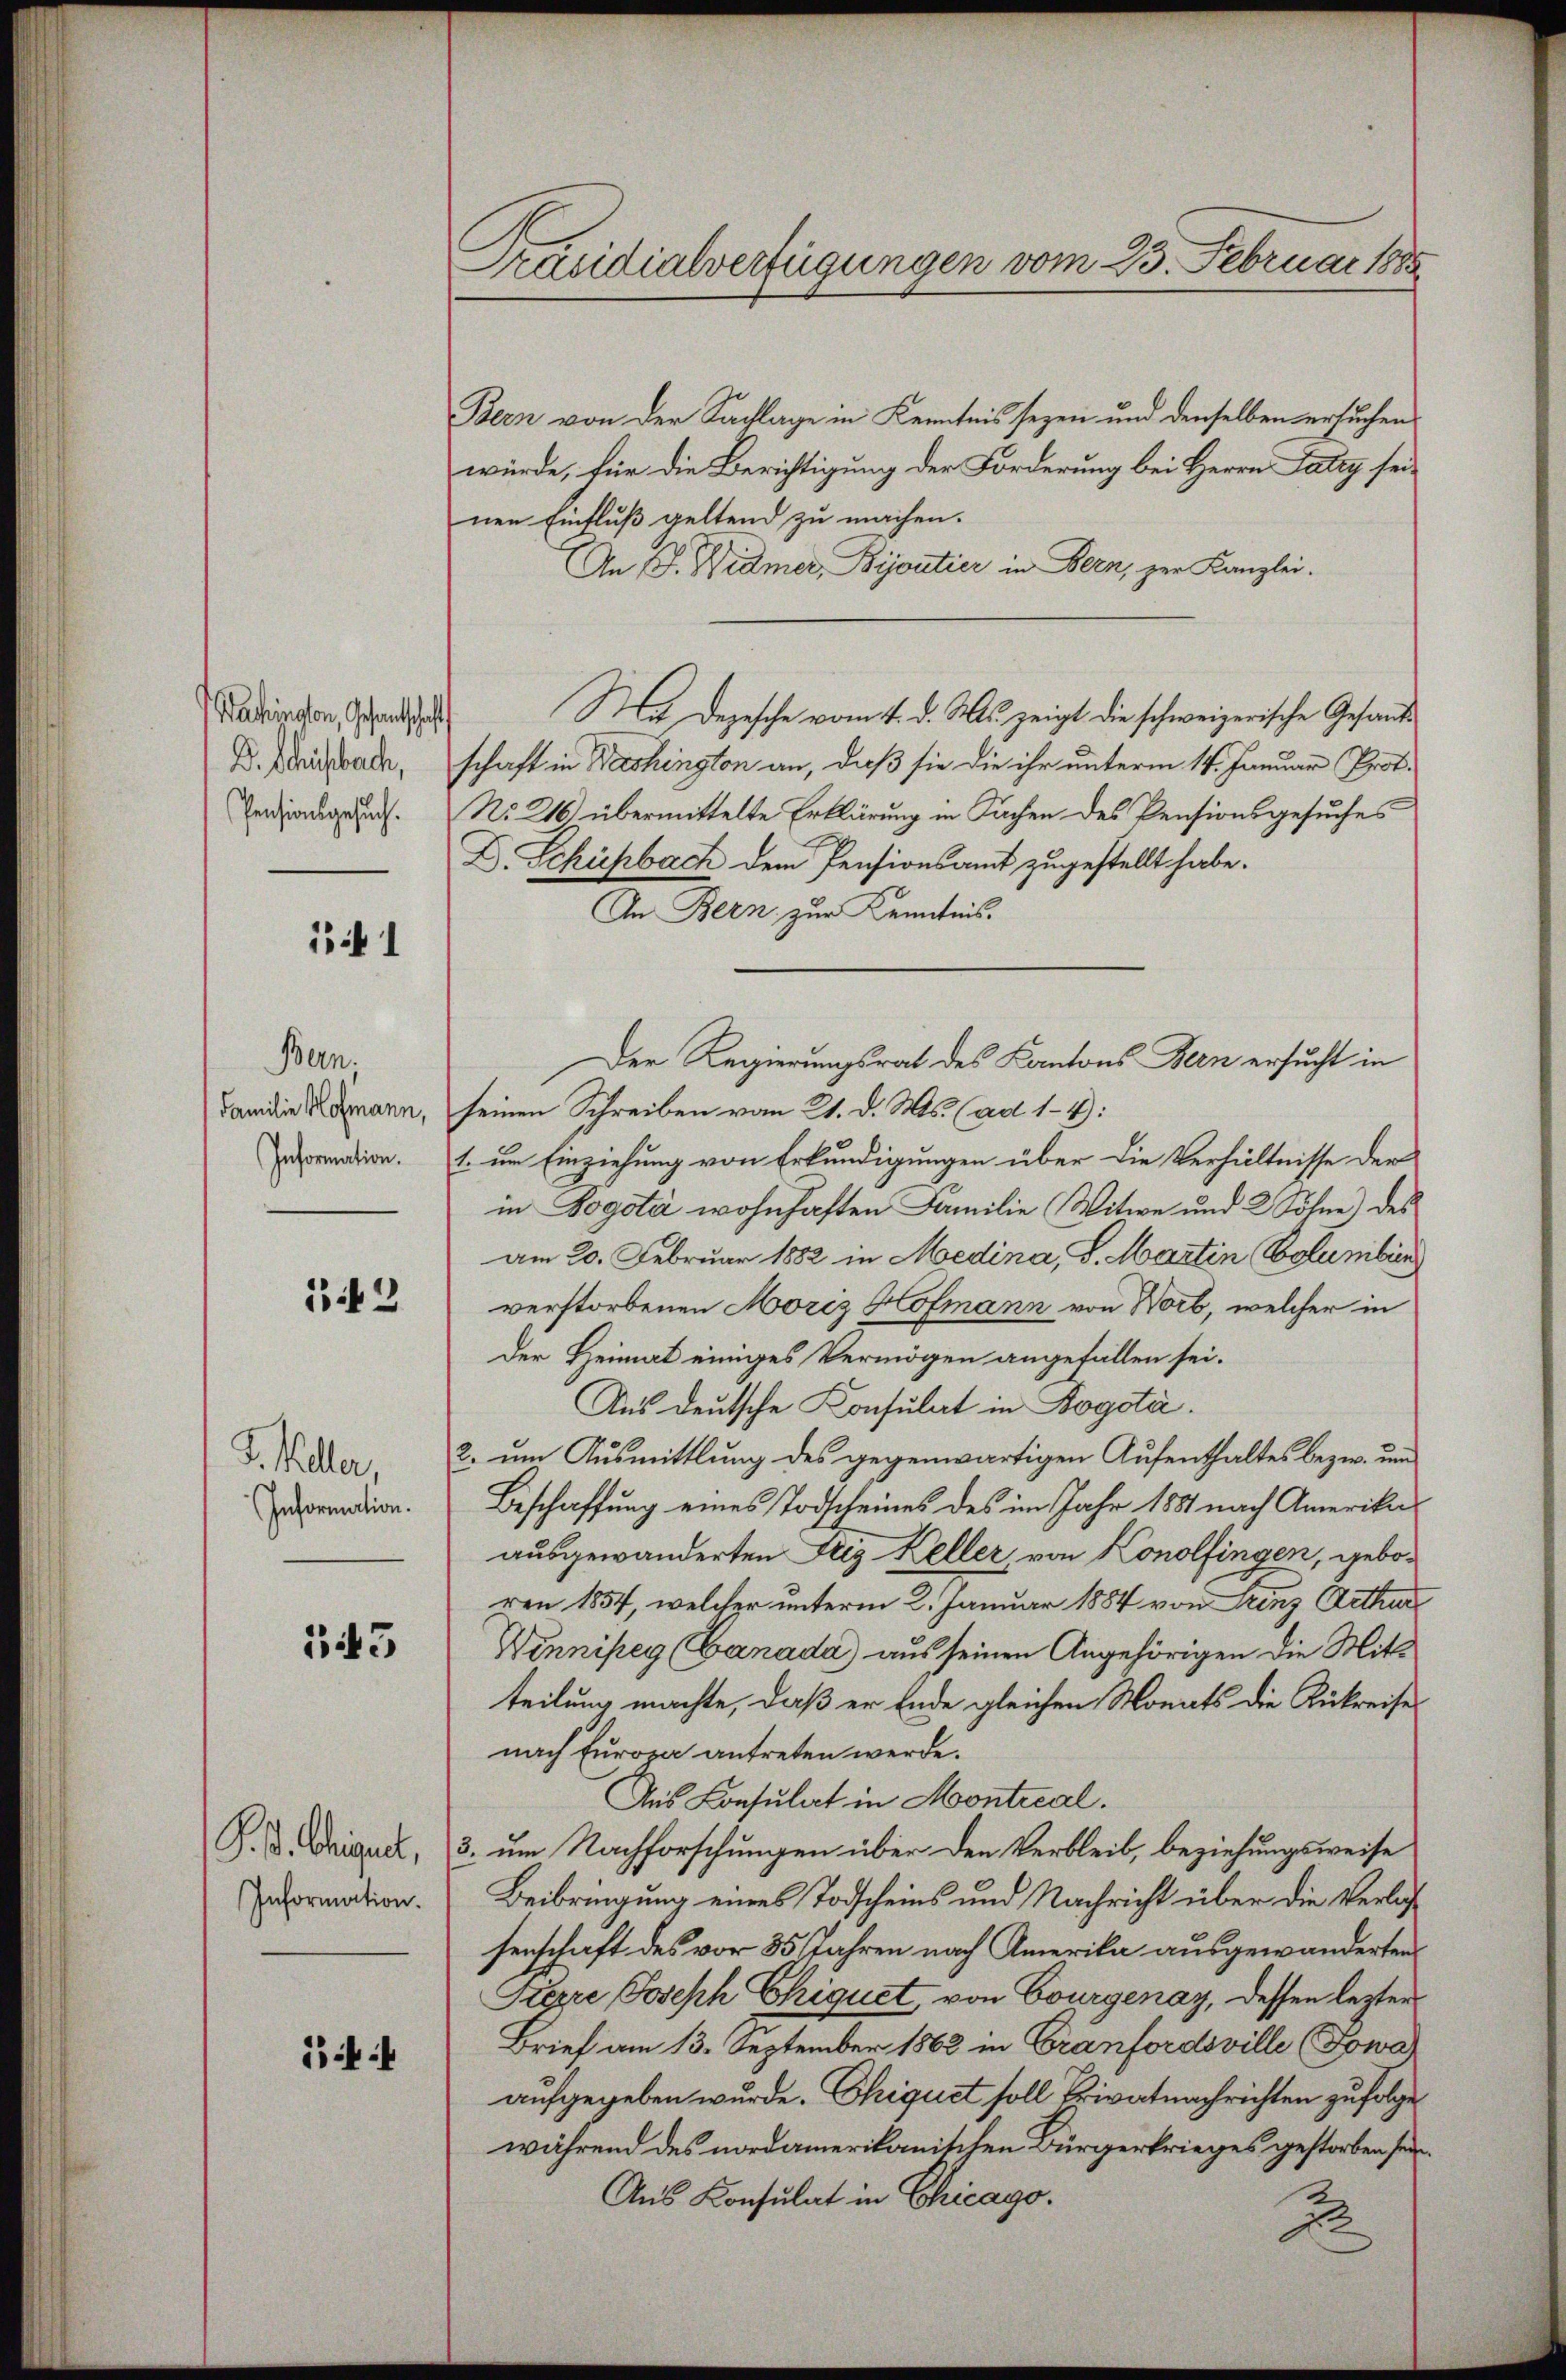
Wachington, Gesandtschaft
D. Schulbach,
Pensionsgesuch.

1

Bern.
Familie Hofmann,
Information.

12

J. Keller,
Information.

543

P. P. Chrigert,
Information.

f

C
Präsidialverfügungen vom 23. Februar 1885

Bern von der Sachlage in Kenntnis seyen und denselben ersuchen
würde, für die Berichtigung der Forderung bei Herrn Falty seinen Einfluß geltend zu machen.
An P. Widmer, Bijoutier in Bern, zur Kanzlei.
Na Depesche vom 4. d. Mts. zeigt die schweizerische Gesandschaft in Meshington an, daß sie die ihr unterm 14. Januar Prot.
No 216) übermittelte Erklärung in Sachen des Pensionsgesuches
D. Schüpbach dem Pensionsamt zugestellt habe.
An Bern zur Kenntnis.
seinen Schreiben vom 21. d. Ms. (ad 1-4):
1. um Einziehung von Erkundigungen über die Verhältnisse der
in Vogota wohnhaften Familie Witwe und 2 Söhne) des
am 20. Februar 1882 in Medina, S. Martin Columbin
verstorbenen Mores Hofmann von Wort, welcher in
Der Heimat einiges Vermögen angefallen sei.
Aus deutsche Konsulat in Bogota.
2. um Ausmittlung des gegenwärtigen Aufenthaltes bezw. und
Beschaffung eines Todscheines des im Jahr 1881 nach Amerika
ausgewanderten Friz Keller von Konolfingen, geboren 1857, welcher unterm 2. Januar 1884 von Frenz Arthur
Winniseg (Ganada aus seinen Angehörigen die Mittteilung machte, daß er Ende gleichen Monats die Rükreise
nach Europa antreten werde.
Aus Consulat in Montical.
3. um Nachforschungen über den Verbleib, beziehungsweise
Beibringung eines Todscheins und Nachricht über die Verlassenschaft des vor 85 Jahren nach Amerika ausgewanderten
Pierre Joseph Chiquet von Courgenay, dessen lezten
Brief am 13. September 1862 in Cranfordsville (Fowar
aufgegeben wurde. Ohiquet soll Privatnachrichten zufolge
während des nordamerikanischen Bürgerkrieges gestorben sein.
Aus Konsulat in Chicago.
2

Der Regierungsrat des Kantons Bern ersucht in